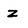
Character: z